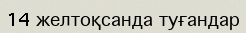
14 желтоқсанда туғандар